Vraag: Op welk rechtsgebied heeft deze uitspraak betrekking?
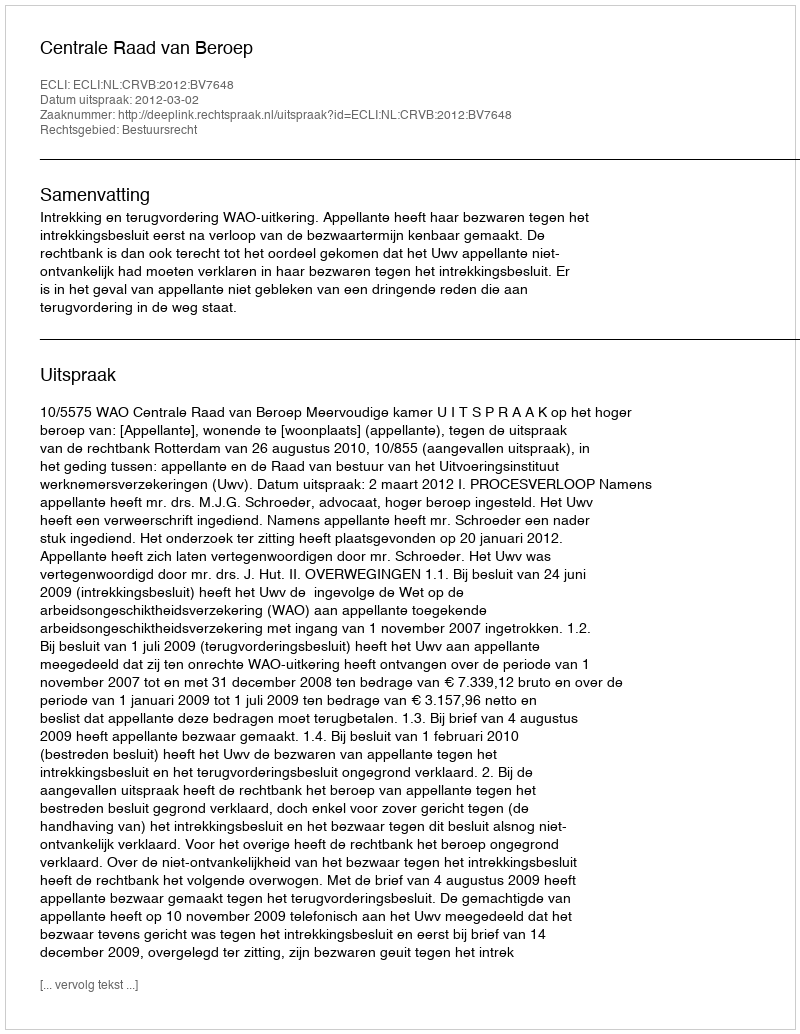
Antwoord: Bestuursrecht